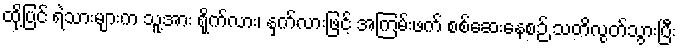
ထို့ပြင် ရဲသားများက သူ့အား ရိုက်လား၊ နှက်လားဖြင့် အကြမ်းဖက် စစ်ဆေးနေစဉ် သတိလွတ်သွားပြီး